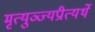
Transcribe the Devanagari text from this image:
मृत्युञ्ज्यप्रीत्यर्थे